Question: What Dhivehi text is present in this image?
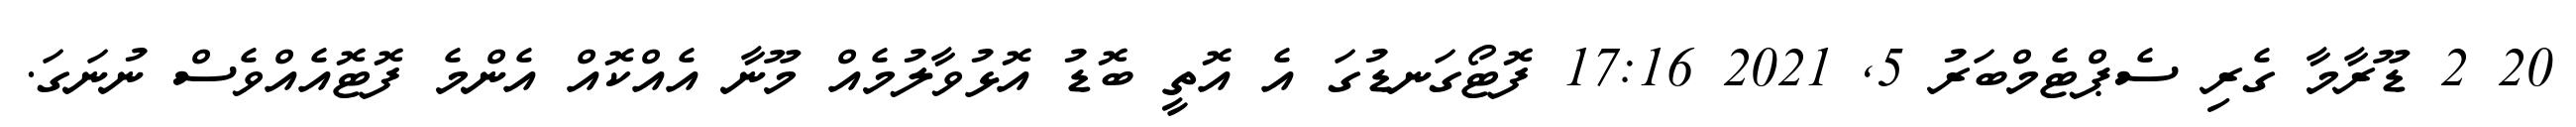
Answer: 20 2 ޑޫރާމާ ގެރި ސެޕްޓެމްބަރު 5, 2021 17:16 ފޮޓޯގަނޑުގަ އެ އޮތީ ބޮޑު އޮޅުވާލުމެއް މޫނާ އެއްކޮއް އެންމެ ފޮޓޮއެއްވެސް ނުނަގަ.